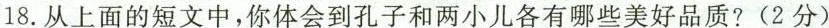
18.从上面的短文中，你体会到孔子和两小儿各有哪些美好品质?(2分)